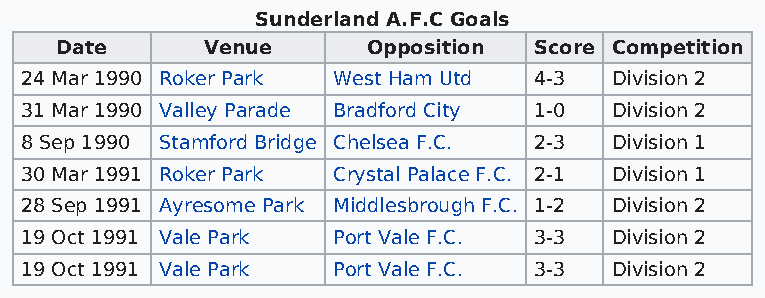
Sunderland A.F.C Goals
 Date     Venue      Opposition Score Competition
 24 Mar 1990 Roker Park West Ham Utd 4-3 Division 2
 31 Mar 1990 Valley Parade Bradford City 1-0 Division 2
 8 Sep 1990 Stamford Bridge Chelsea F.C. 2-3 Division 1
 30 Mar 1991 Roker Park Crystal Palace F.C. 2-1 Division 1
 28 Sep 1991 Ayresome Park Middlesbrough F.C. 1-2 Division 2
 19 Oct 1991 Vale Park Port Vale F.C. 3-3 Division 2
 19 Oct 1991 Vale Park Port Vale F.C. 3-3 Division 2